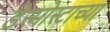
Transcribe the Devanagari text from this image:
डेस्मोस्टाच्या